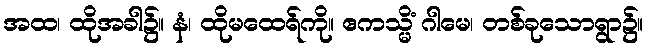
အထ၊ ထိုအခါ၌။ နံ၊ ထိုမထေရ်ကို။ ဧကသ္မိံ ဂါမေ၊ တစ်ခုသောရွာ၌။